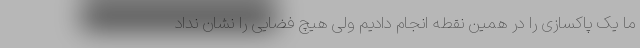
ما یک پاکسازی را در همین نقطه انجام دادیم ولی هیچ فضایی را نشان نداد